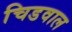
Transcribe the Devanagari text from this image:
चिडवाल